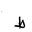
Letter: _da